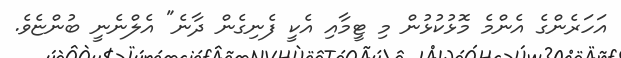
އަހަރެންގެ އެންމެ މޮޅުކުޅުން މި ޓީމާއި އެކީ ފެނިގެން ދާނެ" އެލްނެނީ ބުންޏެވެ.